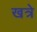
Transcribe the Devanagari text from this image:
खत्रे